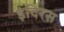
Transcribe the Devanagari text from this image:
इंदिरस